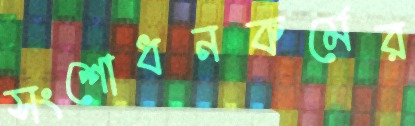
সংশোধনকর্মের